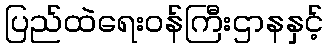
ပြည်ထဲရေးဝန်ကြီးဌာနနှင့်